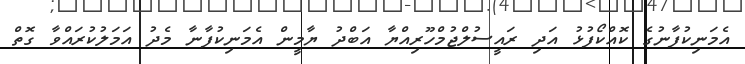
އެމަނިކުފާނުގެ ކޮއްކޯފުޅު އަދި ރައީސުލްޖުމްހޫރިއްޔާ އަބްދު ޔާމީން އެމަނިކުފާނާ މެދު އަމަލުކުރައްވާ ގޮތް